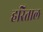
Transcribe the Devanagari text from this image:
हरिताल